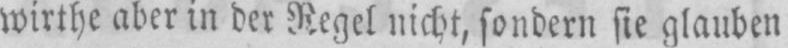
wirthe aber in der Regel nicht, sondern sie glauben